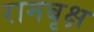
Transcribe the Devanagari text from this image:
रामबृक्ष